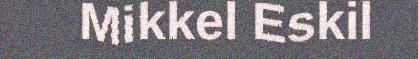
Mikkel Eskil